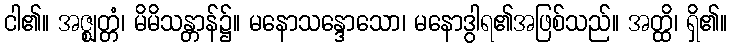
ငါ၏။ အဇ္ဈတ္တံ၊ မိမိသန္တာန်၌။ မနောသန္ဒောသော၊ မနောဒွါရ၏အဖြစ်သည်။ အတ္ထိ၊ ရှိ၏။